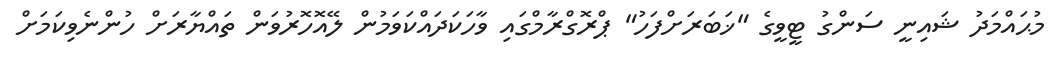
މުޙައްމަދު ޝައިނީ ސަންގު ޓީވީގެ "ޚަބަރަށްފަހު" ޕްރޮގްރާމްގައި ވާހަކަދައްކަވަމުން ލޭއޮހޮރުވަން ތައްޔާރަށް ހުންނެވިކަމަށް